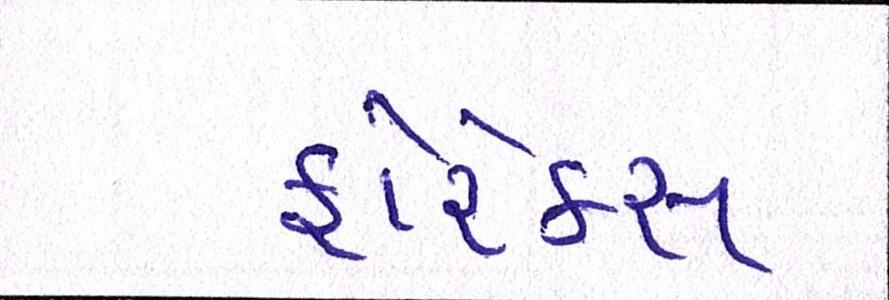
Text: ફોરેક્સ